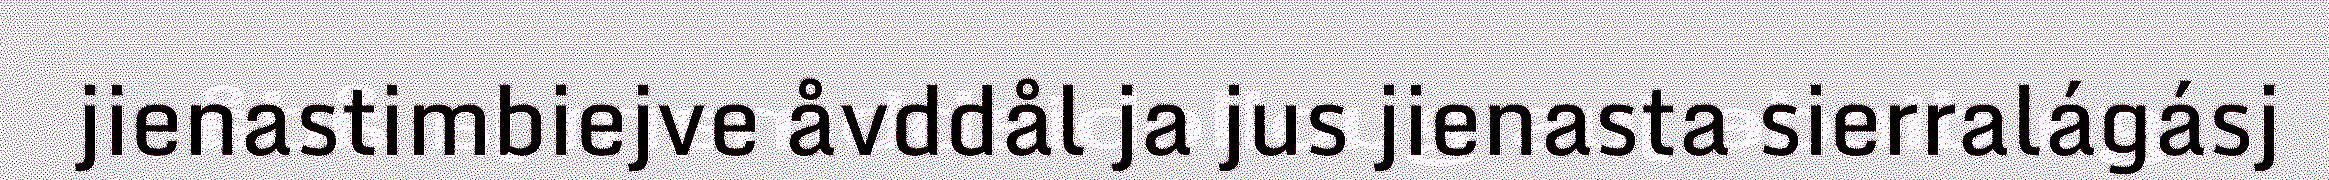
jienastimbiejve åvddål ja jus jienasta sierralágásj